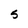
Character: 5